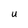
Character: u